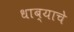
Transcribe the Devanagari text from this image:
धाब्याचे